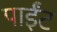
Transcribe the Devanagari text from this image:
पाईंट